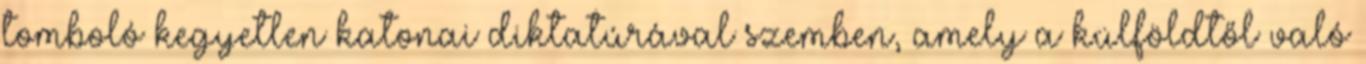
tomboló kegyetlen katonai diktatúrával szemben, amely a külföldtől való